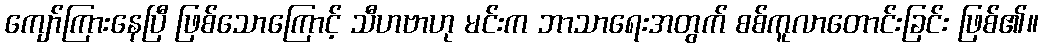
ကျော်ကြားနေပြီ ဖြစ်သောကြောင့် သီဟဗာဟု မင်းက ဘာသာရေးအတွက် စစ်ကူလာတောင်းခြင်း ဖြစ်၏။